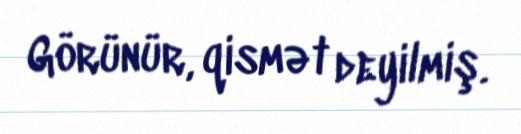
Görünür, qismət deyilmiş.